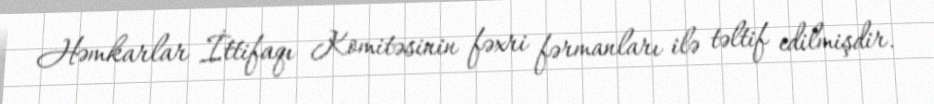
Həmkarlar İttifaqı Komitəsinin fəxri fərmanları ilə təltif edilmişdir.